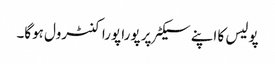
پولیس کا اپنے سیکٹر پر پورا پورا کنٹرول ہوگا۔